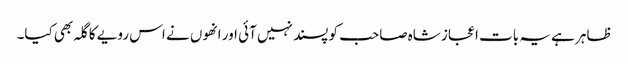
ظاہر ہے یہ بات اعجاز شاہ صاحب کو پسند نہیں آئی اور انھوں نے اس رویے کا گلہ بھی کیا۔